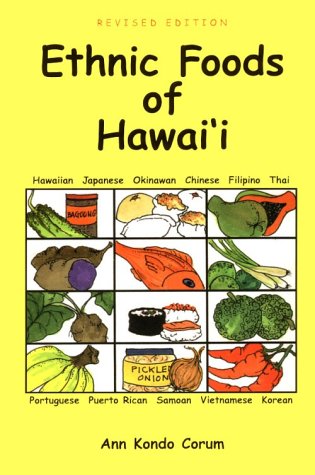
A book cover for Ethnic Foods of Hawaii; Ann Kondo Corum; Cookbooks, Food & Wine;